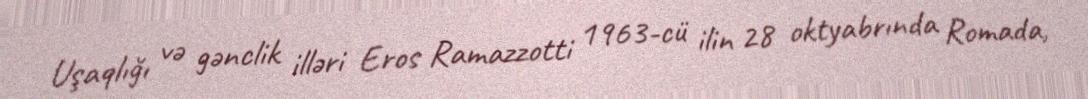
Uşaqlığı və gənclik illəri Eros Ramazzotti 1963-cü ilin 28 oktyabrında Romada,